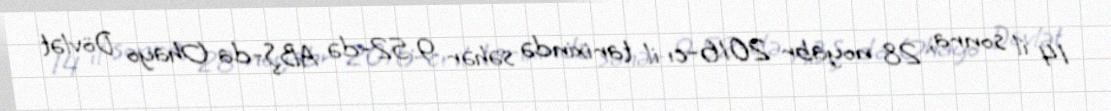
14 il sonra, 28 noyabr 2016-cı il tarixində səhər 9:52-də ABŞ-da Ohayo Dövlət